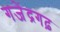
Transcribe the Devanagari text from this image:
गजेंद्रगढ़